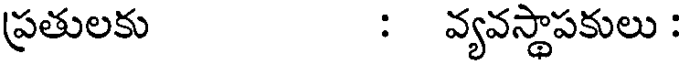
ప్రతులకు : వ్యవస్థాపకులు :